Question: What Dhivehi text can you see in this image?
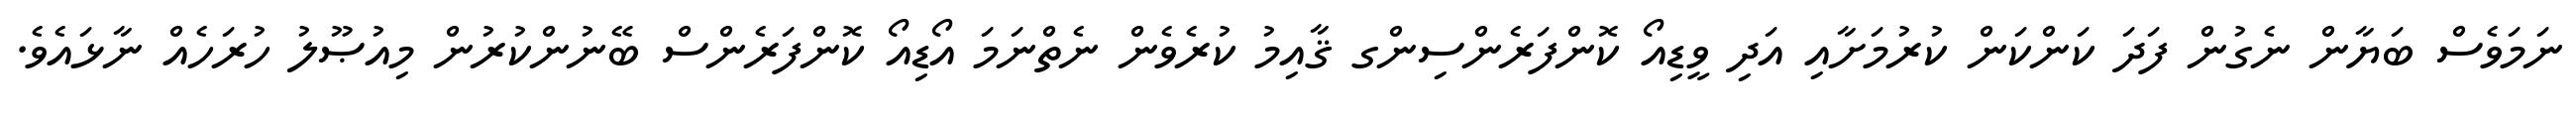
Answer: ނަމަވެސް ބަޔާން ނެގުން ފަދަ ކަންކަން ކުރުމަށާއި އަދި ވީޑިއޯ ކޮންފަރެންސިންގ ޤާއިމު ކުރެވެން ނެތްނަމަ އޯޑިއޯ ކޮންފަރެންސް ބޭނުންކުރުން މިއުޞޫލު ހުރަހެއް ނާޅައެވެ.